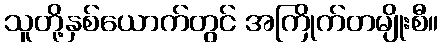
သူတို့နှစ်ယောက်တွင် အကြိုက်တမျိုးစီ။